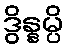
ဒွိန္နမ္ပိ